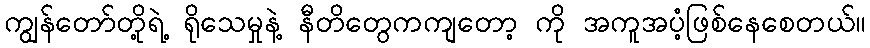
ကျွန်တော်တို့ရဲ့ ရိုသေမှုနဲ့ နီတိတွေကကျတော့ ကို အကူအပံ့ဖြစ်နေစေတယ်။